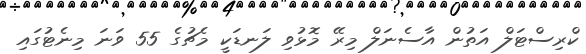
ކްރިސްޓަލް އަތުން އާސެނަލް މިރޭ މޮޅުވި ލަނޑަކީ މެޗުގެ 55 ވަނަ މިނެޓުގައި